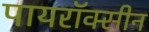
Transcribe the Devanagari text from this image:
पायरॉक्सीन